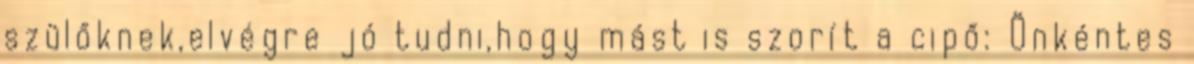
szülőknek,elvégre jó tudni,hogy mást is szorít a cipő: Önkéntes